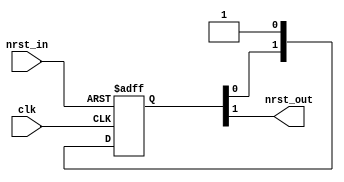
// This program was cloned from: https://github.com/siliconcompiler/lambdalib
// License: MIT License

//#############################################################################
//# Function:  Reset synchronizer (async assert, sync deassert)               #
//# Copyright: Lambda Project Authors. All rights Reserved.                   #
//# License:   MIT (see LICENSE file in Lambda repository)                    #
//#############################################################################
module la_rsync #(parameter PROP = "DEFAULT",
                  parameter STAGES = 2,       // synchronizer depth
                  parameter RND = 1)          // randomize sync

   (
    input  clk,     // clock
    input  nrst_in, // async reset input
    output nrst_out // async assert, sync deassert reset
    );

   reg     [STAGES:0] sync_pipe;
   integer            sync_delay;


   always @(posedge clk or negedge nrst_in)
     if (!nrst_in)
       sync_pipe[STAGES:0] <= 'b0;
     else
       sync_pipe[STAGES:0] <= {sync_pipe[STAGES-1:0], 1'b1};

`ifdef SIM
   always @(posedge clk)
     sync_delay <= {$random} % 2;

   assign nrst_out = (|sync_delay & (|RND)) ? sync_pipe[STAGES] : sync_pipe[STAGES-1];
`else
   assign nrst_out = sync_pipe[STAGES-1];
`endif

endmodule